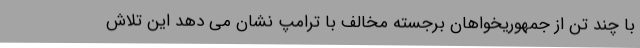
با چند تن از جمهوریخواهان برجسته مخالف با ترامپ نشان می دهد این تلاش